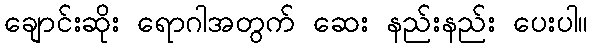
ချောင်းဆိုး ရောဂါအတွက် ဆေး နည်းနည်း ပေးပါ။